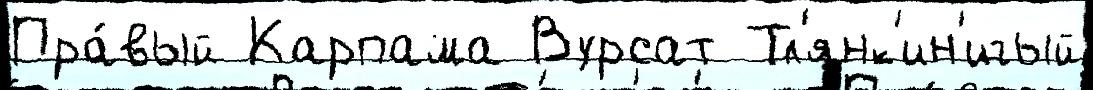
Пра́вый Карпама Вурсат Тл'янк'ин'игый